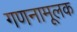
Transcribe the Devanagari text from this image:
गणनामूलक